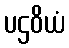
ပဌဝိယံ